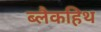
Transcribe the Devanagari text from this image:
ब्लैकहिथ